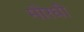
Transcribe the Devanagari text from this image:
मोरघी